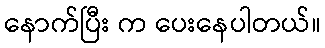
နောက်ပြီး က ပေးနေပါတယ်။